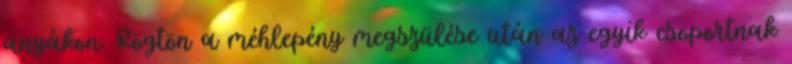
anyákon. Rögtön a méhlepény megszülése után az egyik csoportnak